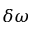
\delta \omega